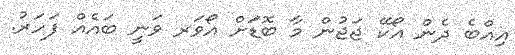
އިއްބެ ދެން އޯކޭ ޖަޖުން މާ ބޮޑަަށް އޯވަރ ވަނީ ބައެއް ފަހަރު.